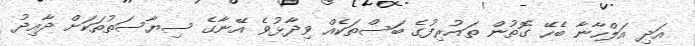
އަދި އަލްހާނާ ބެހޭ ގޮތުން ތައުރިފުގެ ބަސްތަކެއް ވިދާޅުވެ އޭނާގެ ސިޔާސަތުތަކަށް ދާއިދު